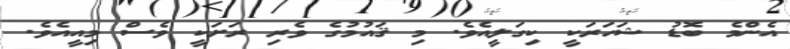
އެންމެ ބޮޑު ޝަހަރަކީ ކިގަލީއެވެ. މި ޤައުމުގެ ވެރި ރަށަކީ ވެސް މިއީއެވެ.